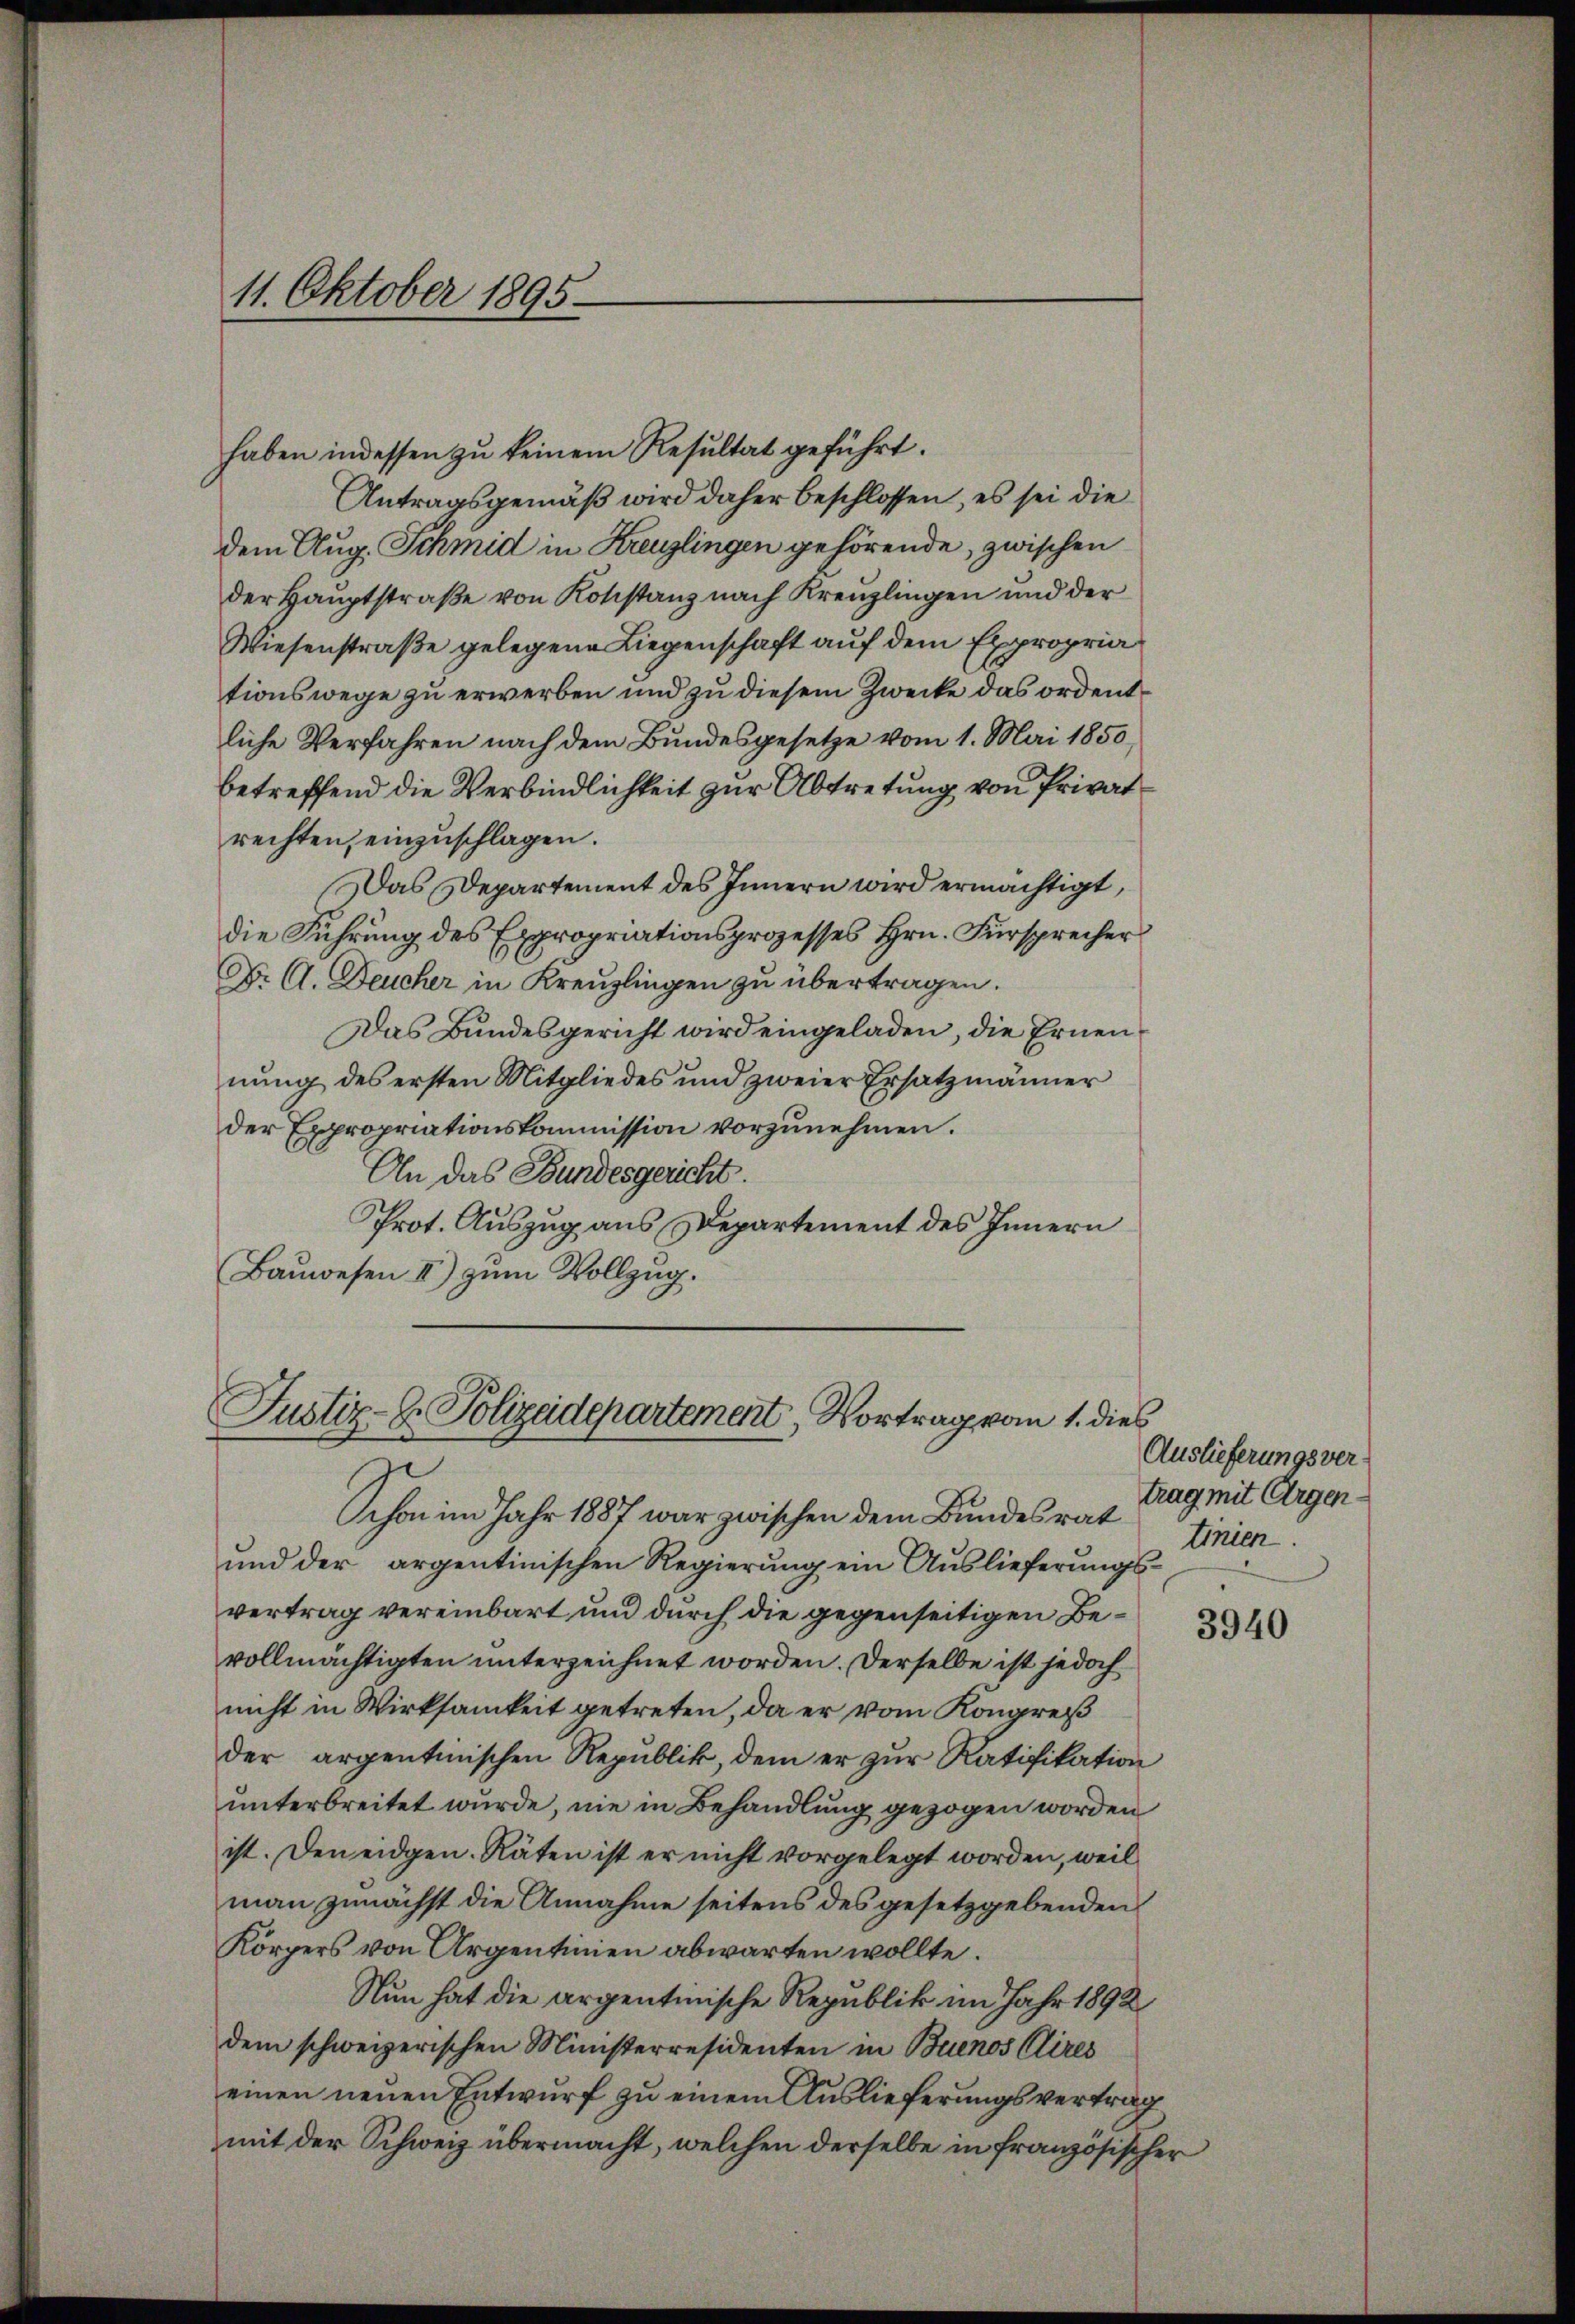
11. Oktober 1895.

haben indessen zu keinem Resultat geführt.
Antragsgemäß wird daher beschlossen, es sei die
dem Aug. Schmid in Kreuzlingen gehörende, zwischen
der Hauptstraße von Konstanz nach Kreuzlingen und der
Wiesenstraße gelegene Liegenschaft auf dem Expropria
tionswege zu erwerben und zu diesem Zwecke das ordentliche Verfahren nach dem Bundesgesetze vom 1. Mai 1850
betreffend die Verbindlichkeit zur Abtretung von Privatrechten, einzuschlagen.
Das Departement des Innern wird ermächtigt,
die Führung des Expropriationsprozesses Hrn. Fürsprecher
Dr A. Deucher in Kreuzlingen zu übertragen.
Das Bundesgericht wird eingeladen, die Ernen
nung des ersten Mitgliedes und zweier Ersatzmänner
der Expropriationskommission vorzunehmen.
An das Bundesgericht.
Prot. Auszug aus Departement des Innern
Bauwesen II) zum Vollzug.

Justiz-C. Polizeidepartement, Vortrag vom 1. dies

Schon im Jahr 1887 war zwischen dem Bundesrat
und der argentinischen Regierung ein Auslieferŭngs-
vertrag vereinbart und durch die gegenseitigen Bevollmächtigten unterzeichnet worden. Derselbe ist jedoch
nicht in Wirksamkeit getreten, da er vom Kongreß
der argentinischen Republik, dem er zur Ratifikation
unterbreitet wurde, nie in Behandlung gezogen worden
ist. Den eidgen. Räten ist er nicht vorgelegt worden, weil
man zunächst die Annahme seitens des gesetzgebenden
Körpers von Argentinien abwarten wollte.
Nun hat die argentinische Republik im Jahr 1892
dem schweizerischen Ministerresidenten in Buenos Aires
einen neuen Entwurf zu einem Auslieferungsvertrag
mit der Schweiz übermacht, welchen derselbe in französischer

Auslieferungsver-
trag mit Argen.
tinien.

3940